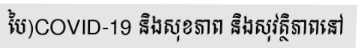
បៃ)COVID-19 និងសុខភាព និងសុវត្ថិភាពនៅ